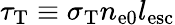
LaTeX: \tau_{\mathrm{T}}\equiv\sigma_{\mathrm{T}}n_{\mathrm{e0}}l_{\mathrm{esc}}